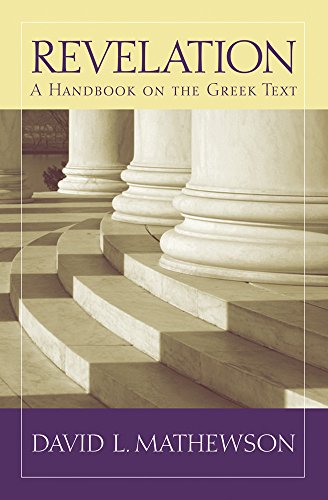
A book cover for Revelation: A Handbook on the Greek Text (Baylor Handbook of the Greek New Testament); David Mathewson; Christian Books & Bibles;